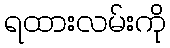
ရထားလမ်းကို